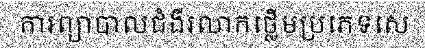
ការព្យាបាលជំងឺរលាកថ្លើមប្រភេទសេ